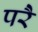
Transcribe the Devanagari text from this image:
परेै